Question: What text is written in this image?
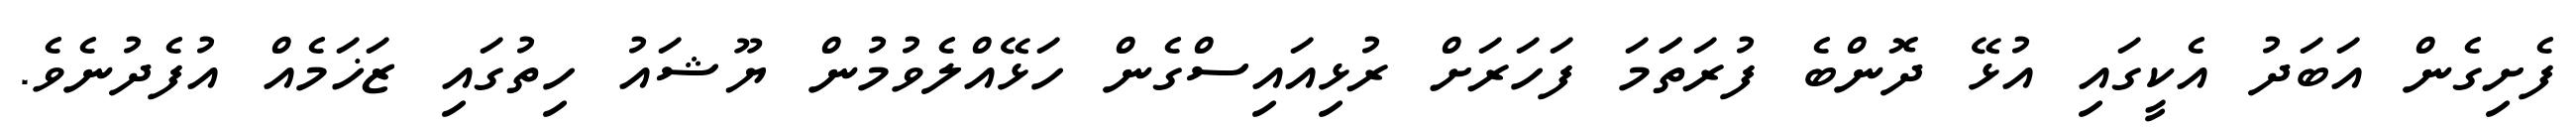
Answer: ފެށިގެން އަބަދު އެކީގައި އުޅޭ ދޮންބެ ފުރަތަަމަ ފަހަރަށް ރުޅިއައިސްގެން ހަޅޭއްލެވުމުން ޔޫޝައު ހިތުގައި ޒަޚަމެއް އުފެދުނެވެ.